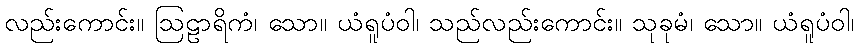
လည်းကောင်း။ ဩဠာရိကံ၊ သော။ ယံရူပံဝါ၊ သည်လည်းကောင်း။ သုခုမံ၊ သော။ ယံရူပံဝါ၊